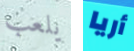
يلعب أريا